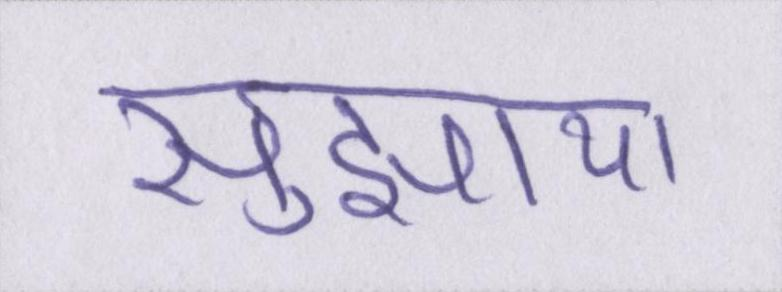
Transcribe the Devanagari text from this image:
सुझाया